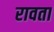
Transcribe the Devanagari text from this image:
रावता